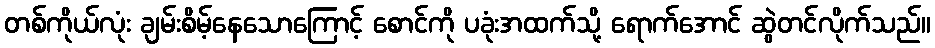
တစ်ကိုယ်လုံး ချမ်းစိမ့်နေသောကြောင့် စောင်ကို ပခုံးအထက်သို့ ရောက်အောင် ဆွဲတင်လိုက်သည်။